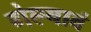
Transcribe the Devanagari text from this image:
गेल्यावं